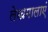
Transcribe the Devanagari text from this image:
लेखमालाएं